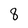
Character: 8